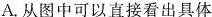
A.从图中可以直接看出具体